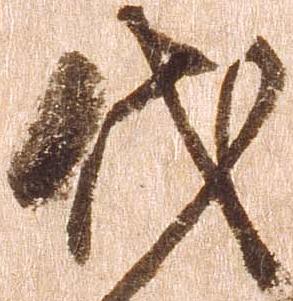
代